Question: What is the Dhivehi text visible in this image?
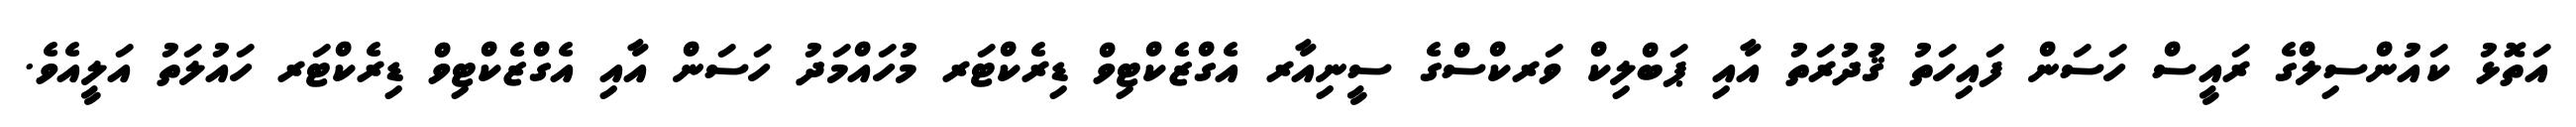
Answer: އަތޮޅު ކައުންސިލްގެ ރައީސް ހަސަން ފައިހަތު ޤުދުރަތު އާއި ޕަބްލިކް ވަރކްސްގެ ސީނިއާރ އެގްޒެކްޓިވް ޑިރެކްޓަރ މުހައްމަދު ހަސަން އާއި އެގްޒެކްޓިވް ޑިރެކްޓަރ ހައުލަތު އަލީއެވެ.